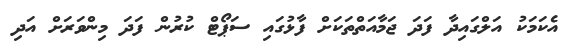
އެކަމަކު އަލްގައިދާ ފަދަ ޖަމާއަތްތަކަށް ފާޅުގައި ސަޕޯޓް ކުރުން ފަދަ މިންވަރަށް އަދި